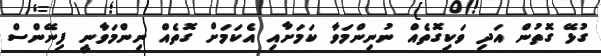
ގުޅޭ ގޮތުން އަދި ވަކިގޮތެއް ނުނިންމަވާ ކަމަށާއި އެކަމަށް ގޮތެއް ނިންމަވާނީ ފިނޭންސް